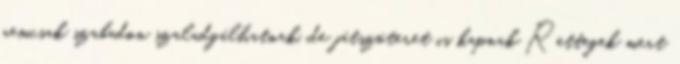
nemcsak szabadon szaladgálhatnak, de játszóteret is kapnak Rettegek mert